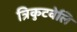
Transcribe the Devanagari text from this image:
त्रिकुटवेलि